Tallinna_kinnistusamet, lk 15
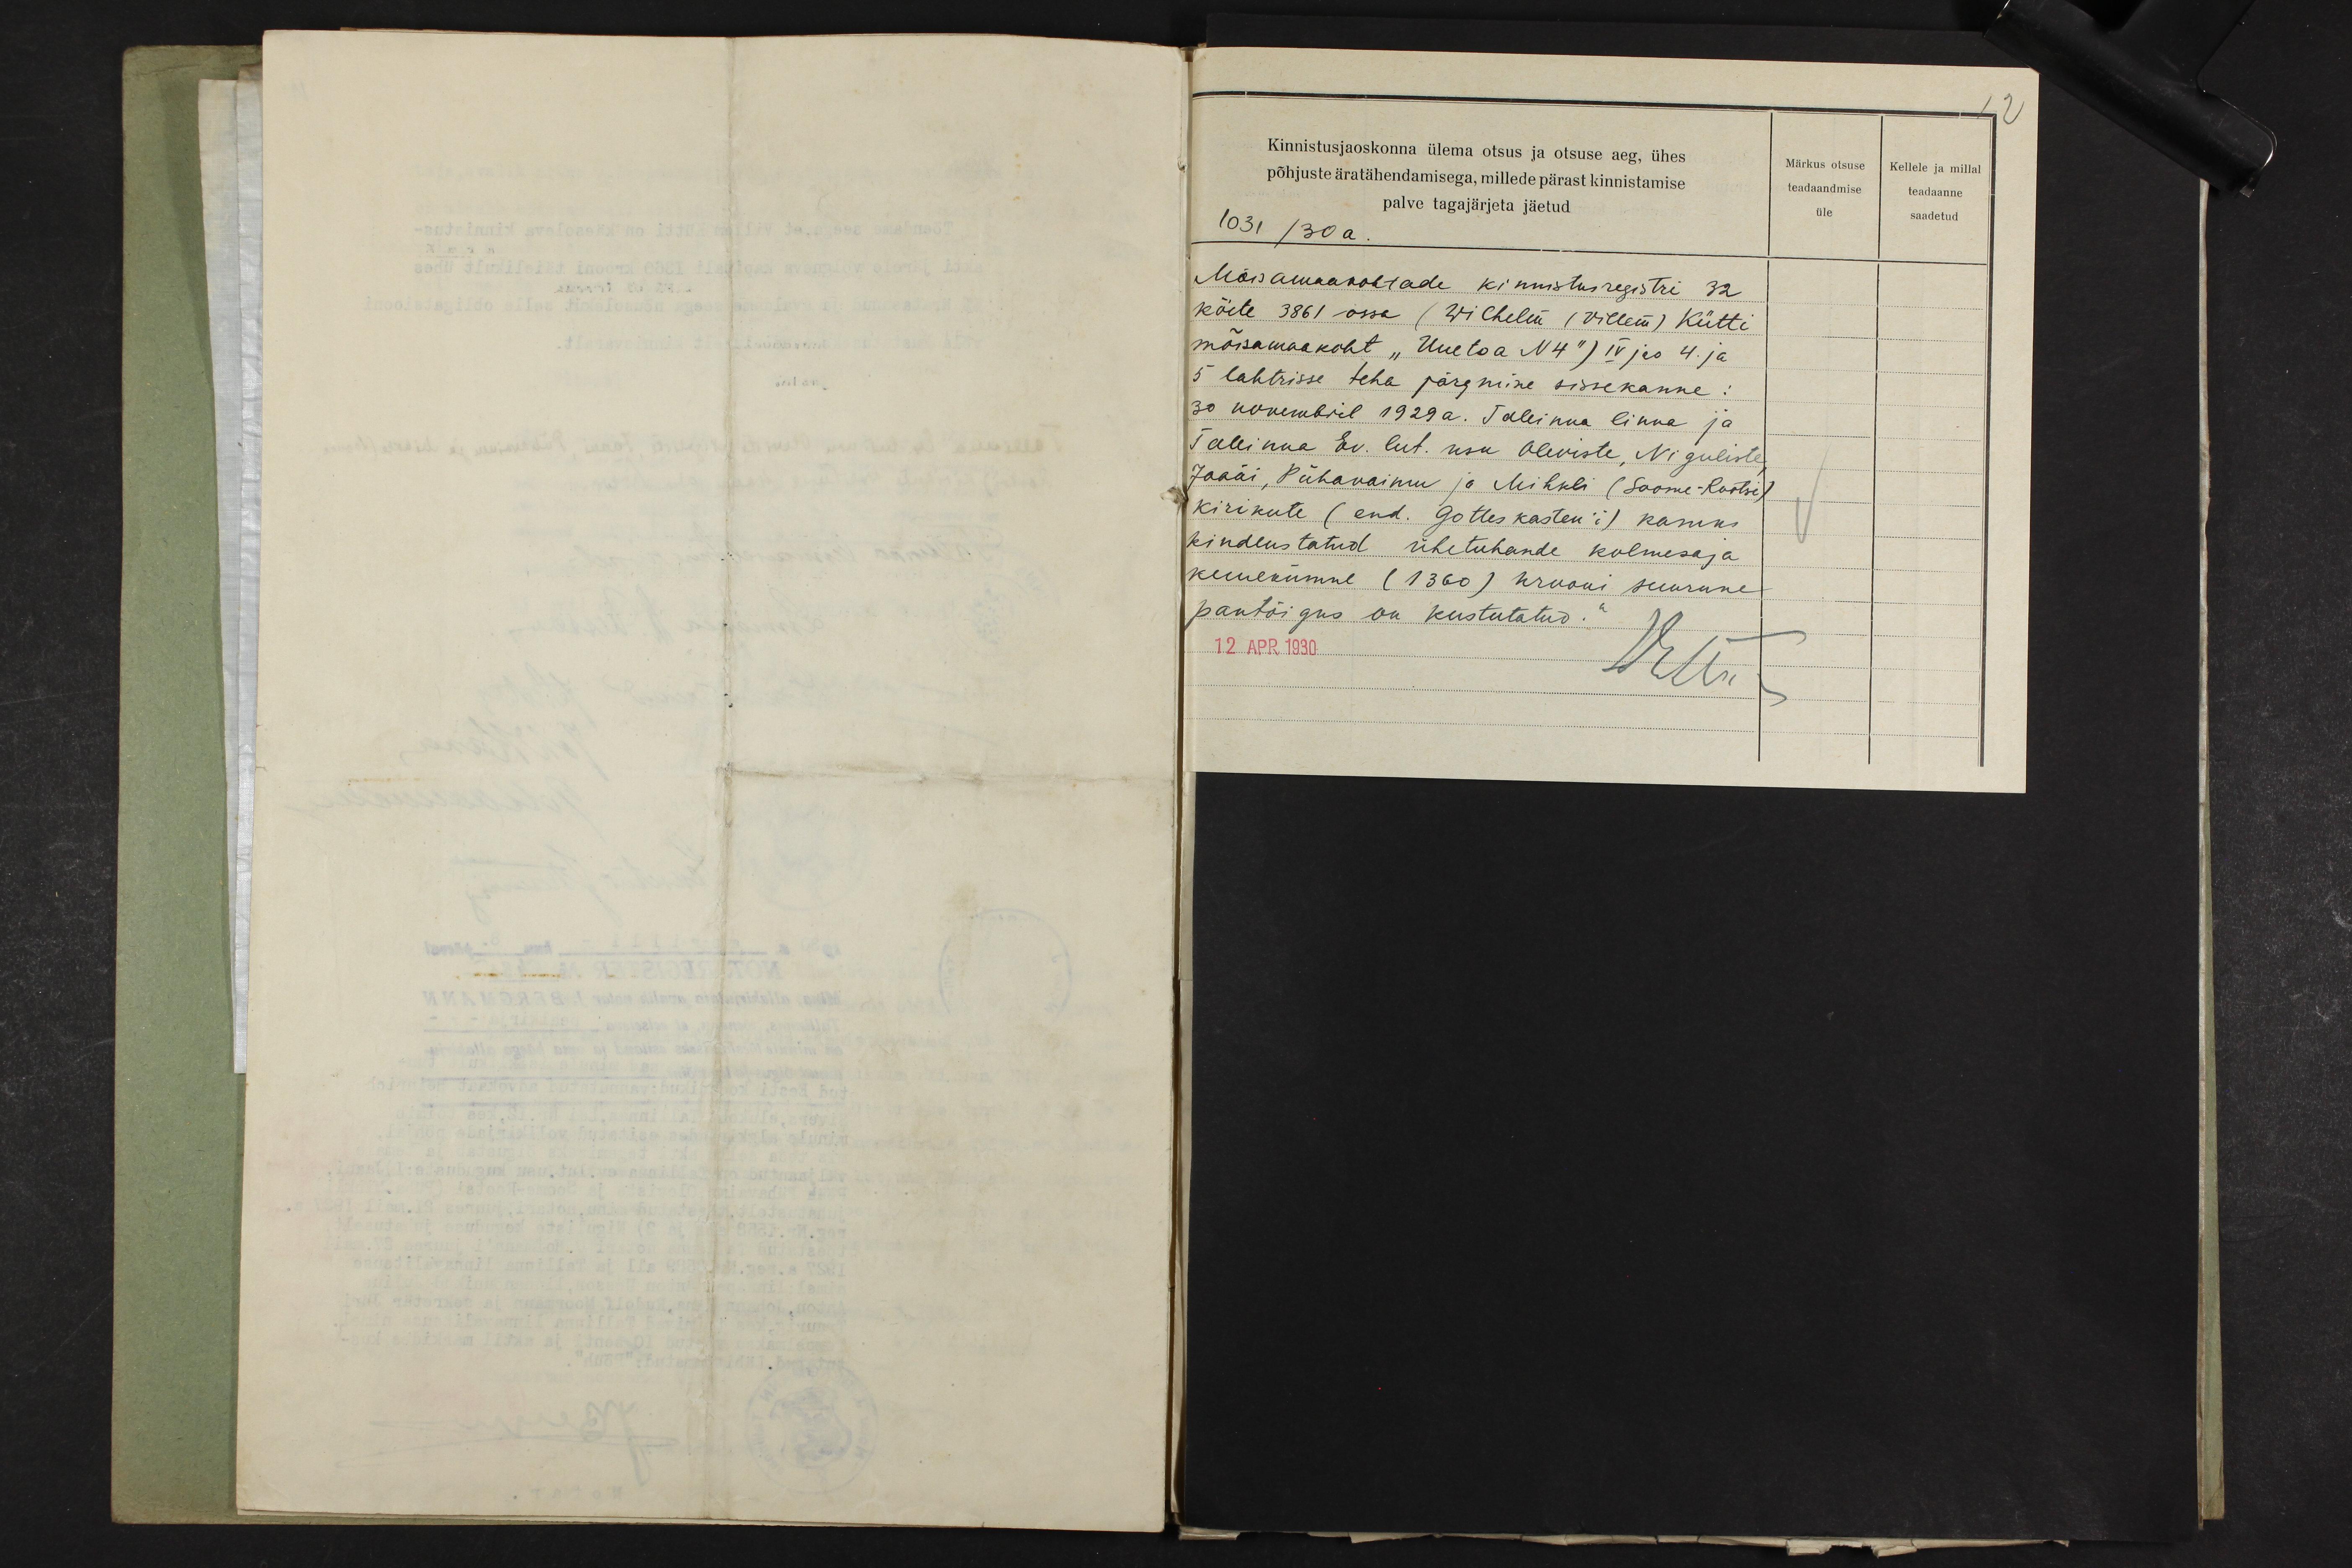
12
Kinnistusjaoskonna ülema otsus ja otsuse aeg, ühes
põhjuste äratähendamisega, millede pärast kinnistamise
Märkus otsuse
Kellele ja millal
teadaandmise
teadaanne
palve tagajärjeta jäetud
1031 / 30 a
üle
saadetud
Mõisamaakohtade kinnistusregistri 32
köite 3861 ossa (Wilhelm (Villem) Kütti
mõisamaakoht "Uuetoa N4") IV jao 4. ja
5 lahtrisse teha pärgmise sissekanne:
30 novembril 1929 a. Tallinna linna ja
Tallinna Ev. lut. usu Oleviste, Niguliste
Jaani, Pühavaimu ja Mihkli (Soome-Rootsi)
kirikute (end. Gottes kasten'i) kasuks
kindlustatud ühetuhande kolmesaja
kuuekümne (1360) krooni suurune
pantõigus on kustutatud."
12. APR 1930
Ши-